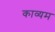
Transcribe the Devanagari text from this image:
काव्यम